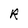
Character: R